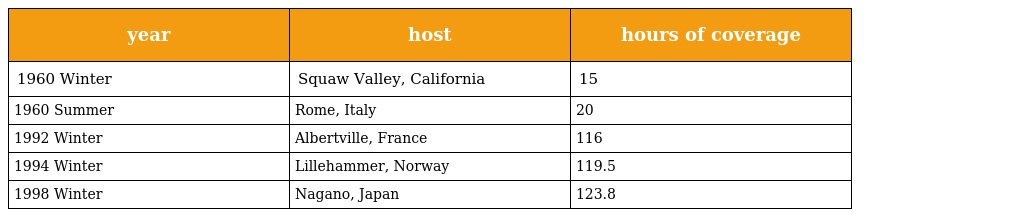
| year | host | hours of coverage |
 | --- | --- | --- |
 | 1960 Winter | Squaw Valley, California | 15 |
 | 1960 Summer | Rome, Italy | 20 |
 | 1992 Winter | Albertville, France | 116 |
 | 1994 Winter | Lillehammer, Norway | 119.5 |
 | 1998 Winter | Nagano, Japan | 123.8 |